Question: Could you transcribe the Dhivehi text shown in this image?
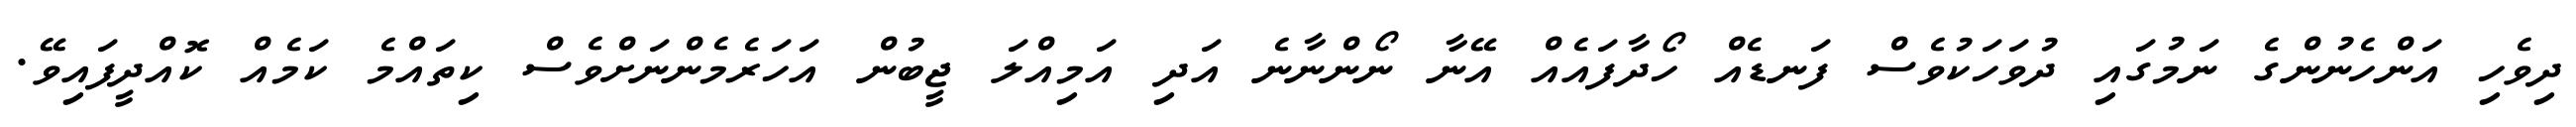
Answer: ދިވެހި އަންހެނުންގެ ނަމުގައި ދުވަހަކުވެސް ފަނޑެއް ހޯދާފައެއް އޭނާ ނޯންނާނެ އަދި އަމިއްލަ ޖީބުން އަހަރެމެންނަށްވެސް ކިތައްމެ ކަމެއް ކޮއްދީފައިވޭ.